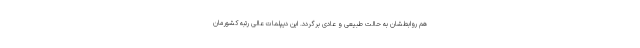
هم روابطشان به حالت طبیعی و عادی برگردد. این دیپلمات عالی رتبه کشورمان